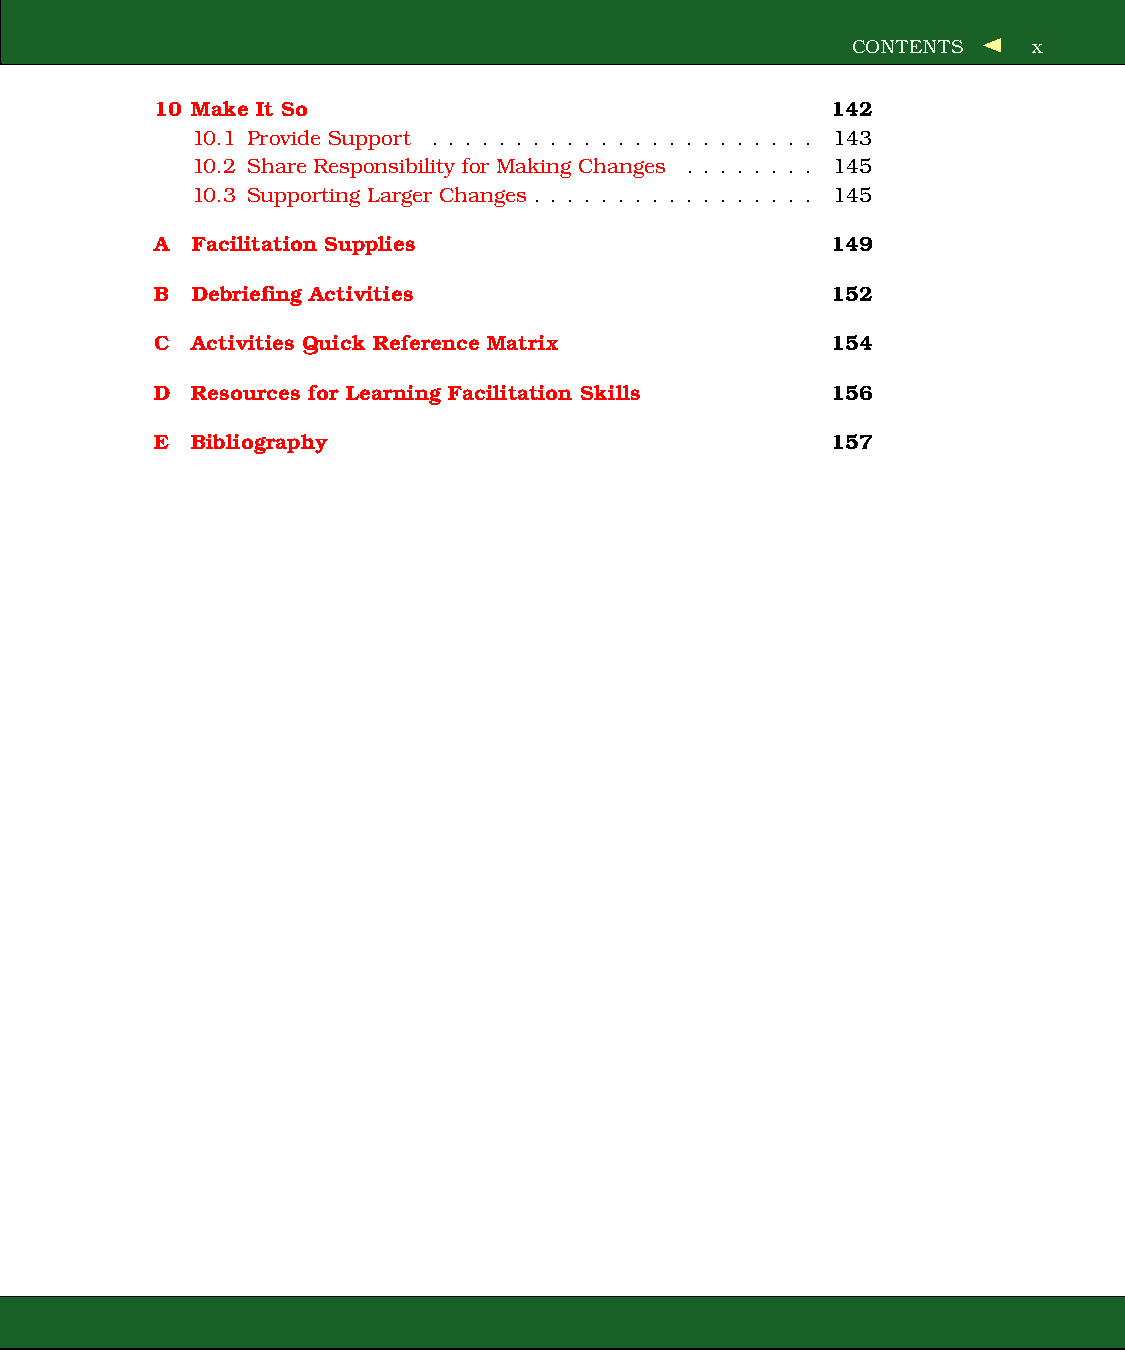
CONTENTS    x
 10 Make It So                                142
 10.1 Provide Support . . . . . . . . . . . . . . . . . . . . . . . 143
 10.2 Share Responsibility for Making Changes . . . . . . . . 145
 10.3 Supporting Larger Changes . . . . . . . . . . . . . . . . . 145
 A  Facilitation Supplies                     149
 B  Debriefing Activities                     152
 C  Activities Quick Reference Matrix         154
 D  Resources for Learning Facilitation Skills 156
 E  Bibliography                              157